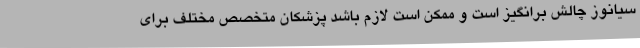
سیانوز چالش برانگیز است و ممکن است لازم باشد پزشکان متخصص مختلف برای